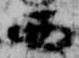
西